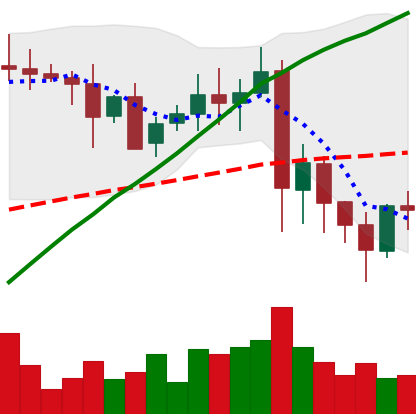
Ticker: XRP-USD
Chart end date: 2021-05-25
Forward return: -7.128%
Label: down_7plus